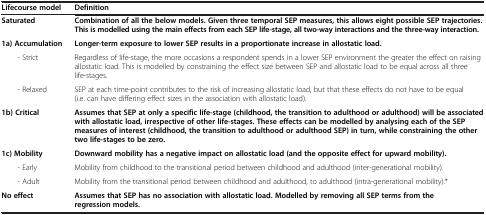
| Lifecourse model | Definition |
 | --- | --- |
 | Saturated | Combination of all the below models. Given three temporal SEP measures, this allows eight possible SEP trajectories. This is modelled using the main effects from each SEP life-stage, all two-way interactions and the three-way interaction. |
 | 1a) Accumulation | Longer-term exposure to lower SEP results in a proportionate increase in allostatic load. |
 | - Strict | Regardless of life-stage, the more occasions a respondent spends in a lower SEP environment the greater the effect on raising allostatic load. This is modelled by constraining the effect size between SEP and allostatic load to be equal across all three life-stages. |
 | - Relaxed | SEP at each time-point contributes to the risk of increasing allostatic load, but that these effects do not have to be equal (i.e. can have differing effect sizes in the association with allostatic load). |
 | 1b) Critical | Assumes that SEP at only a specific life-stage (childhood, the transition to adulthood or adulthood) will be associated with allostatic load, irrespective of other life-stages. These effects can be modelled by analysing each of the SEP measures of interest (childhood, the transition to adulthood or adulthood SEP) in turn, while constraining the other two life-stages to be zero. |
 | 1c) Mobility | Downward mobility has a negative impact on allostatic load (and the opposite effect for upward mobility). |
 | - Early | Mobility from childhood to the transitional period between childhood and adulthood (inter-generational mobility). |
 | - Adult | Mobility from the transitional period between childhood and adulthood, to adulthood (intra-generational mobility).* |
 | No effect | Assumes that SEP has no association with allostatic load. Modelled by removing all SEP terms from the regression models. |